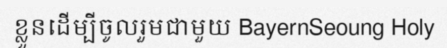
ខ្លួនដើម្បីចូលរួមជាមួយ BayernSeoung Holy